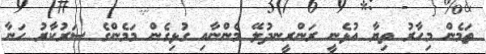
ތަމެން މިހާރު ތިޔާ އުޅެނީ ރަންރީނދުލޭ މެންނާއި ގުޅިގެން މަމެންގެ ސަރުކާރު ހަނާ